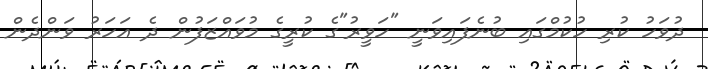
ދުވަހު ކުރި ހުކުމްގައި ބުނެފައިވަނީ "ހަވީރު"ގެ ކުރީގެ މުވައްޒަފުން ދެ އަހަރު ވަންދެން